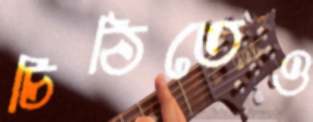
চিঠিতেও